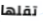
تقلها